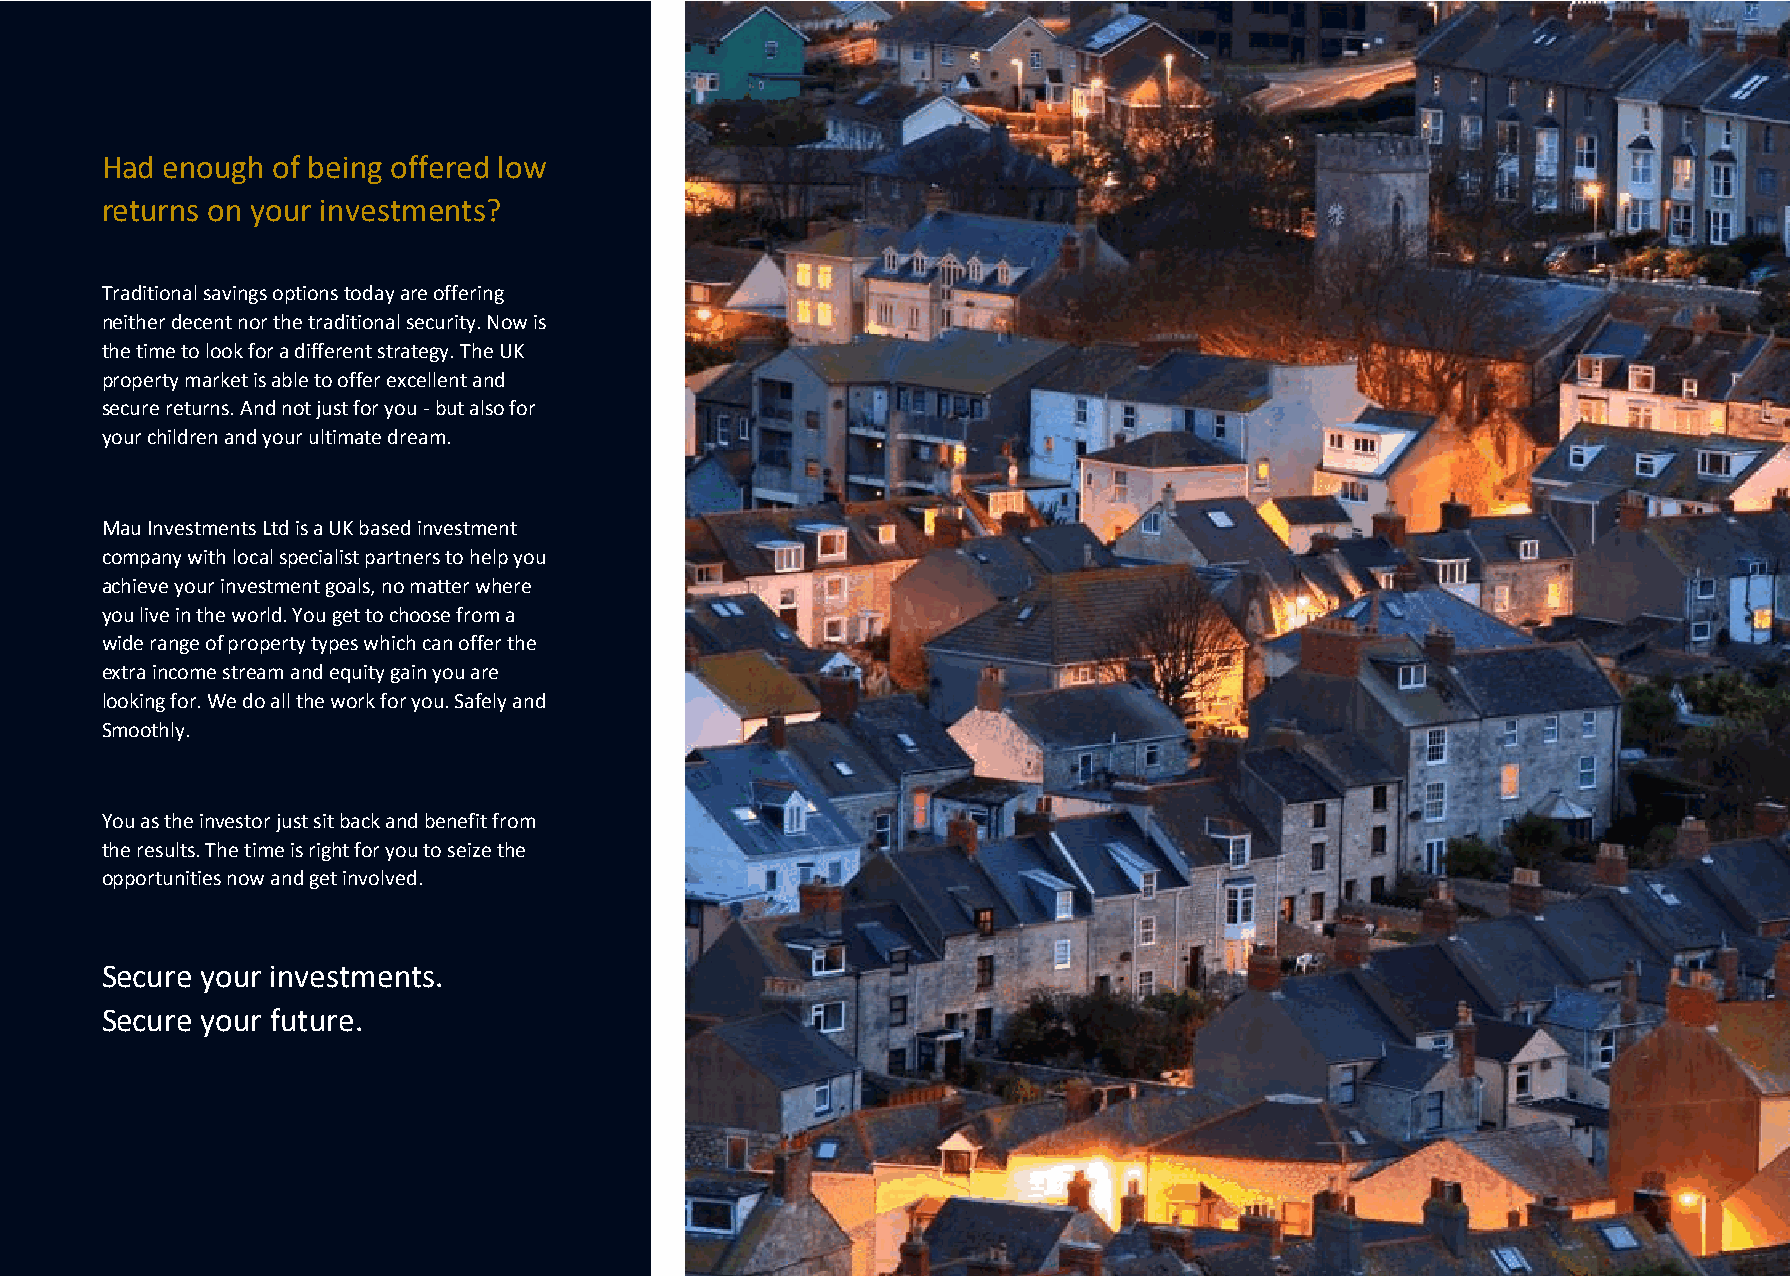
Had enough of being offered low
 returns on your investments?
 Traditional savings options today are offering
 neither decent nor the traditional security. Now is
 the time to look for a different strategy. The UK
 property market is able to offer excellent and
 secure returns. And not just for you - but also for
 your children and your ultimate dream.
 Mau Investments Ltd is a UK based investment
 company with local specialist partners to help you
 achieve your investment goals, no matter where
 you live in the world. You get to choose from a
 wide range of property types which can offer the
 extra income stream and equity gain you are
 looking for. We do all the work for you. Safely and
 Smoothly.
 You as the investor just sit back and benefit from
 the results. The time is right for you to seize the
 opportunities now and get involved.
 Secure your investments.
 Secure your future.